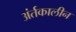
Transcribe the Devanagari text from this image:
अंर्तकालीन